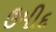
ઉમીદ